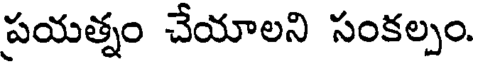
ప్రయత్నం చేయాలని సంకల్పం.